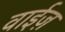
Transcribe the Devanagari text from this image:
वाईज़